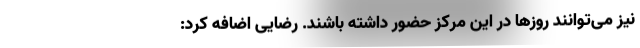
نیز می‌توانند روزها در این مرکز حضور داشته باشند. رضایی اضافه کرد: